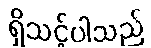
ရှိသင့်ပါသည်